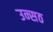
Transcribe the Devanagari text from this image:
उन्सठ